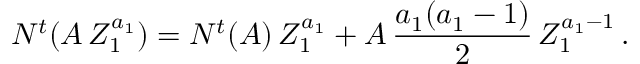
N ^ { t } ( A \, Z _ { 1 } ^ { a _ { 1 } } ) = N ^ { t } ( A ) \, Z _ { 1 } ^ { a _ { 1 } } + A \, { \frac { a _ { 1 } ( a _ { 1 } - 1 ) } { 2 } } \, Z _ { 1 } ^ { a _ { 1 } - 1 } \, .